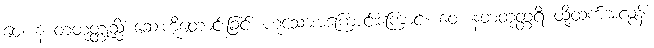
ဝေ၊ န တတုတ္တုသ္မိံ ဆေးကိုတောင်းခြင်း ဟူသောအကြောင်းကြောင့်။ ဝေ၊ နတတုတ္တရိ ထို့ထက်အလွန်